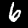
Label: 6